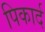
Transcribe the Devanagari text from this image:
पिकार्द